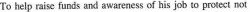
To help raise funds and awareness of his jub to proect not